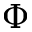
\Phi